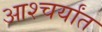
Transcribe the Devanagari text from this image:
आश्चर्यांत